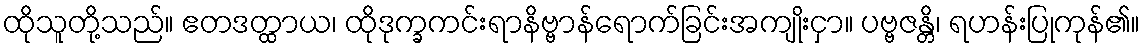
ထိုသူတို့သည်။ ဧတဒတ္ထာယ၊ ထိုဒုက္ခကင်းရာနိဗ္ဗာန်ရောက်ခြင်းအကျိုးငှာ။ ပဗ္ဗဇန္တိ၊ ရဟန်းပြုကုန်၏။